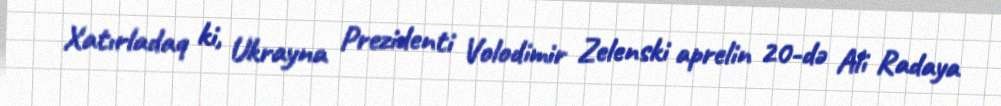
Xatırladaq ki, Ukrayna Prezidenti Volodimir Zelenski aprelin 20-də Ali Radaya